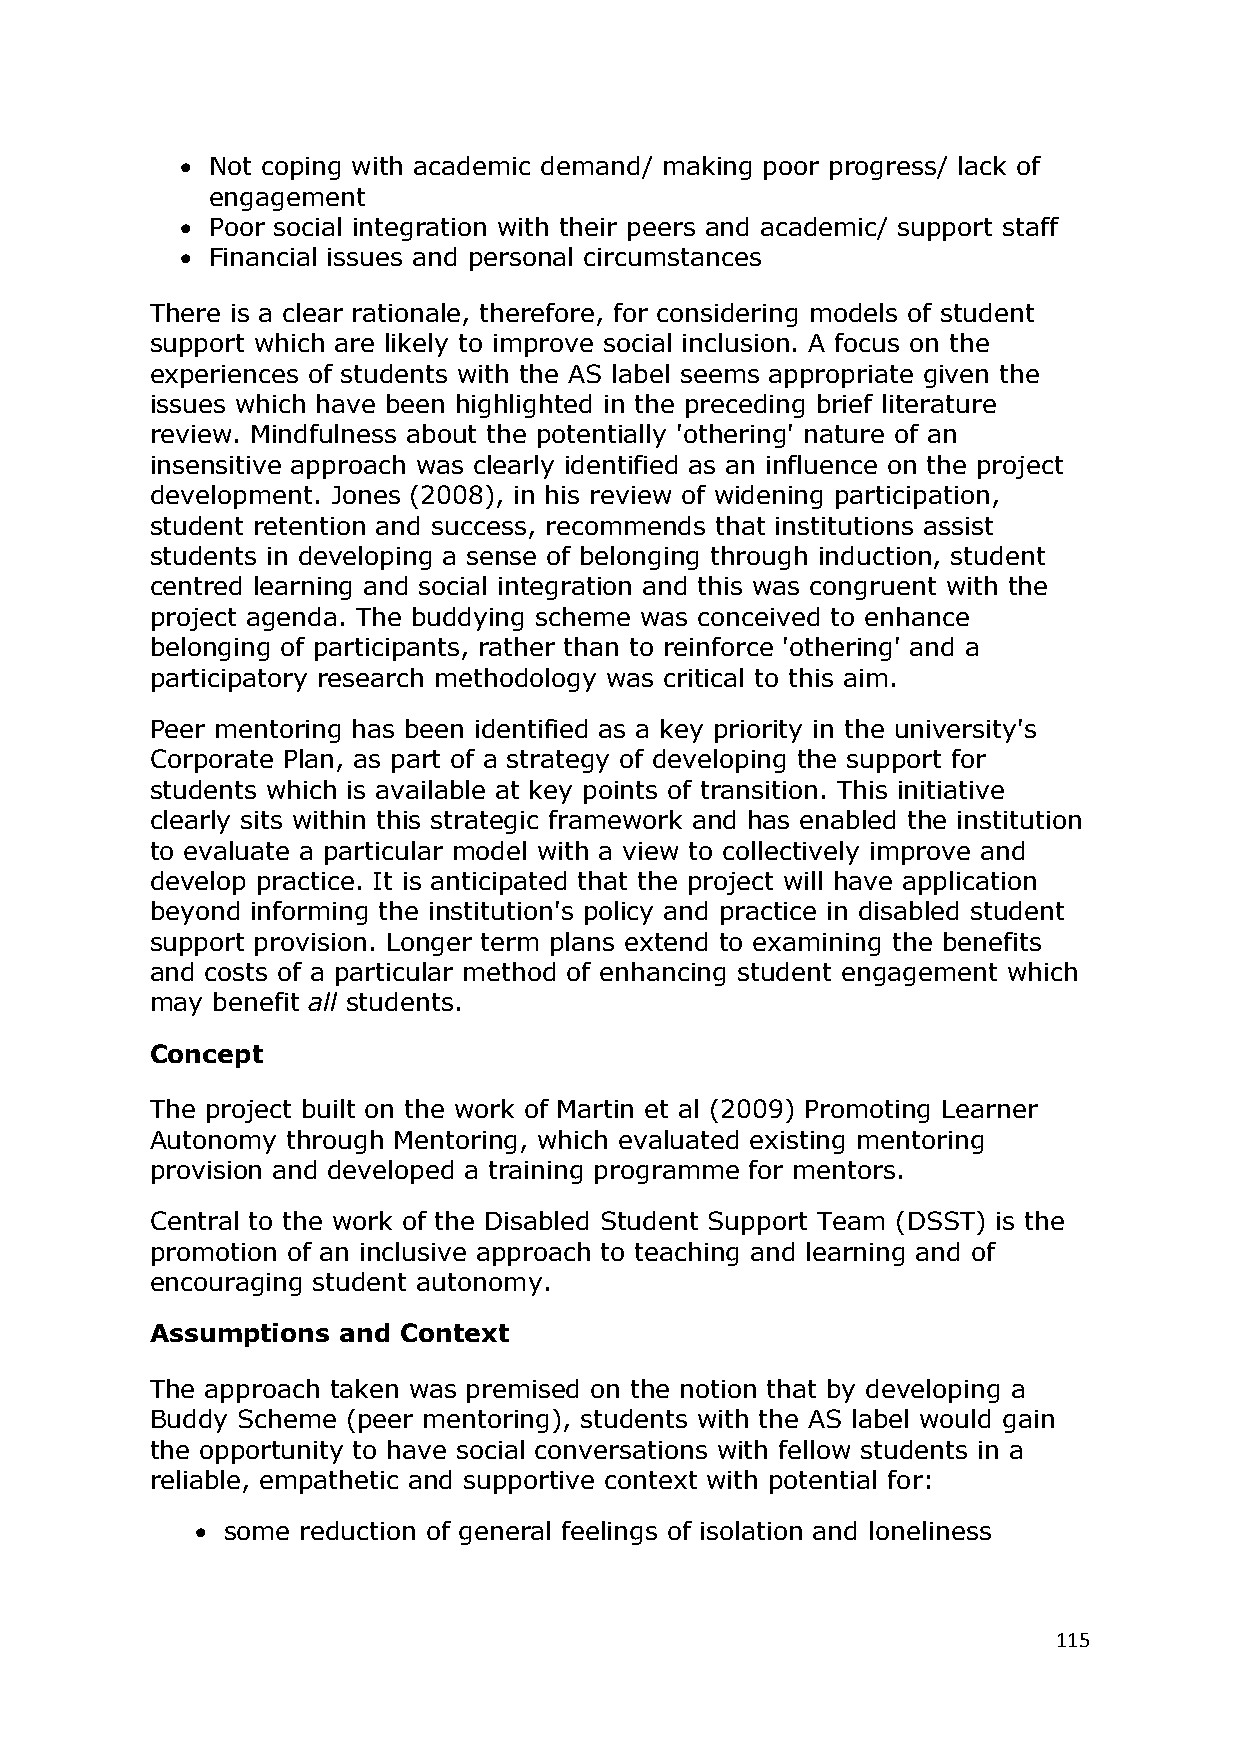
 Not coping with academic demand/ making poor progress/ lack of
 engagement
  Poor social integration with their peers and academic/ support staff
  Financial issues and personal circumstances
 There is a clear rationale, therefore, for considering models of student
 support which are likely to improve social inclusion. A focus on the
 experiences of students with the AS label seems appropriate given the
 issues which have been highlighted in the preceding brief literature
 review. Mindfulness about the potentially 'othering' nature of an
 insensitive approach was clearly identified as an influence on the project
 development. Jones (2008), in his review of widening participation,
 student retention and success, recommends that institutions assist
 students in developing a sense of belonging through induction, student
 centred learning and social integration and this was congruent with the
 project agenda. The buddying scheme was conceived to enhance
 belonging of participants, rather than to reinforce 'othering' and a
 participatory research methodology was critical to this aim.
 Peer mentoring has been identified as a key priority in the university's
 Corporate Plan, as part of a strategy of developing the support for
 students which is available at key points of transition. This initiative
 clearly sits within this strategic framework and has enabled the institution
 to evaluate a particular model with a view to collectively improve and
 develop practice. It is anticipated that the project will have application
 beyond informing the institution's policy and practice in disabled student
 support provision. Longer term plans extend to examining the benefits
 and costs of a particular method of enhancing student engagement which
 may benefit all students.
 Concept
 The project built on the work of Martin et al (2009) Promoting Learner
 Autonomy through Mentoring, which evaluated existing mentoring
 provision and developed a training programme for mentors.
 Central to the work of the Disabled Student Support Team (DSST) is the
 promotion of an inclusive approach to teaching and learning and of
 encouraging student autonomy.
 Assumptions and Context
 The approach taken was premised on the notion that by developing a
 Buddy Scheme (peer mentoring), students with the AS label would gain
 the opportunity to have social conversations with fellow students in a
 reliable, empathetic and supportive context with potential for:
  some reduction of general feelings of isolation and loneliness
 115